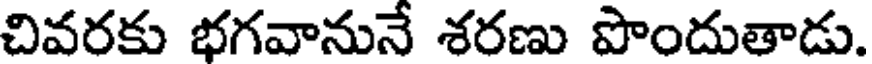
చివరకు భగవానునే శరణు పొందుతాడు.